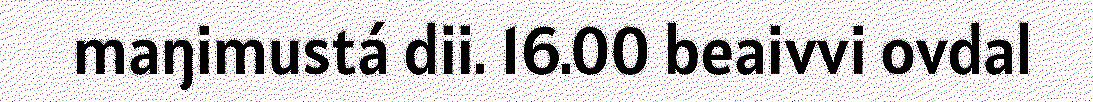
maŋimustá dii. 16.00 beaivvi ovdal